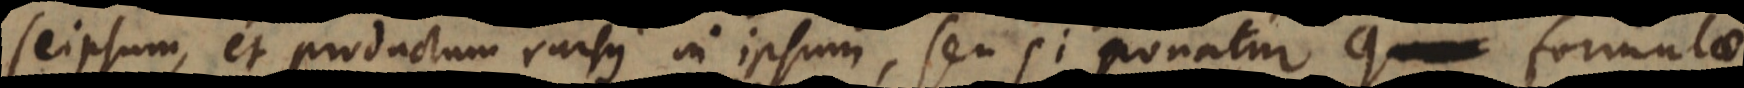
seipsum, et productum rursus in ipsum, seu si ponatur formulae